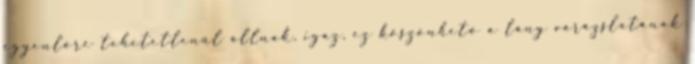
egyenlőre tehetetlenül állnak, igaz, ez köszönhető a lány varázslatának